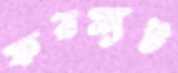
ফরম্যট